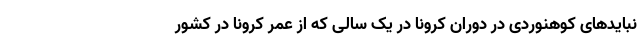
نبایدهای کوهنوردی در دوران کرونا در یک سالی که از عمر کرونا در کشور